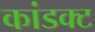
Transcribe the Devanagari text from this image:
कांडक्ट